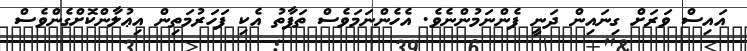
އައިސް ވަރަށް ގިނައިން ދަނީ ފެންނަމުންނެވެ. އެހެންނަމަވެސް ތަފާތު އެކި ފަހަރުމަތިން އިޢުލާންކޮށްގެންވެސް